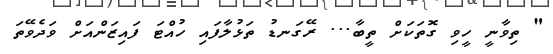
" ތިވާނީ ހީވި ގޮތަކަށް ތީބާ... ރޭގަނޑު ތަޅުލާފައި ހުއްޓަ ފައިޒަންއަށް ވަދެވޭތަ